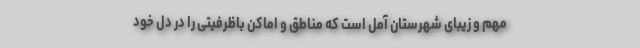
مهم و زیبای شهرستان آمل است که مناطق و اماکن باظرفیتی را در دل خود